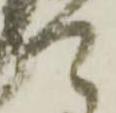
可